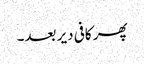
پھر کافی دیر بعد۔